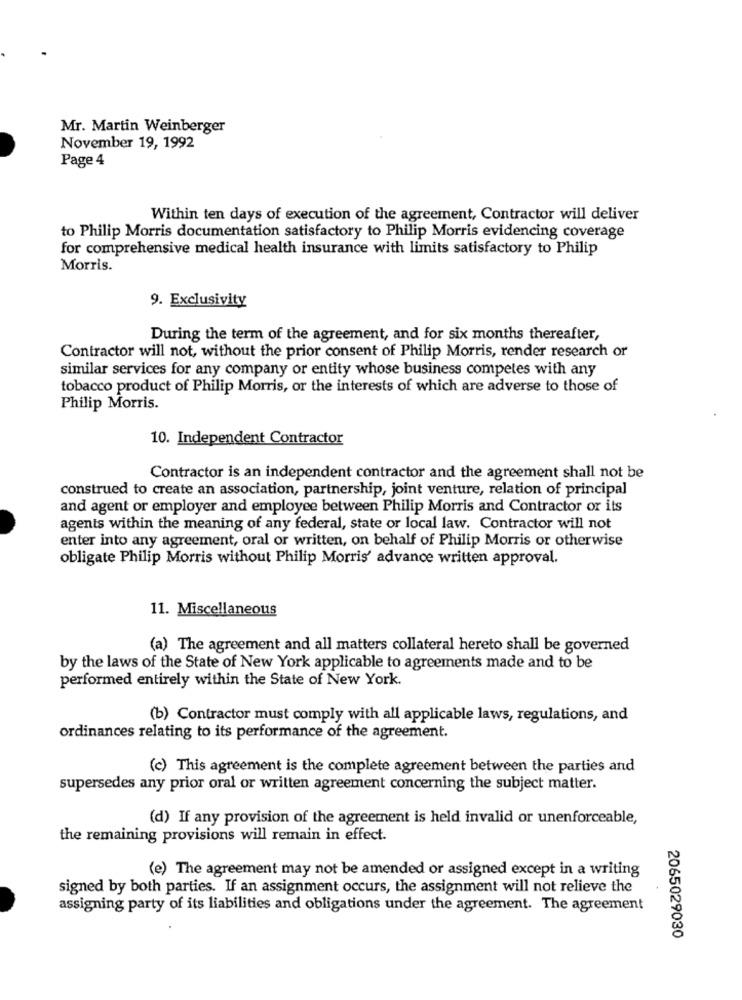
Mr. Martin Weinberger
November 19, 1992
Page 4
Within ten days of execution of the agreement, Contractor will deliver
to Philip Morris documentation satisfactory to Philip Morris evidencing coverage
for comprehensive medical health insurance with limits satisfactory to Philip
Morris.
9. Exclusivity
During the term of the agreement, and for six months thereafter,
Contractor will not, without the prior consent of Philip Morris, render research or
similar services for any company or entity whose business competes with any
tobacco product of Philip Morris, or the interests of which are adverse to those of
Philip Morris.
10. Independent Contractor
Contractor is an independent contractor and the agreement shall not be
construed to create an association, partnership, joint venture, relation of principal
and agent or employer and employee between Philip Morris and Contractor or its
agents within the meaning of any federal, state or local law. Contractor will not
enter into any agreement, oral or written, on behalf of Philip Morris or otherwise
obligate Philip Morris without Philip Morris' advance written approval.
11. Miscellaneous
(a) The agreement and all matters collateral hereto shall be governed
by the laws of the State of New York applicable to agreements made and to be
performed entirely within the State of New York.
(b) Contractor must comply with all applicable laws, regulations, and
ordinances relating to its performance of the agreement.
(c) This agreement is the complete agreement between the parties and
supersedes any prior oral or written agreement concerning the subject matter.
(d) If any provision of the agreement is held invalid or unenforceable,
the remaining provisions will remain in effect.
(e) The agreement may not be amended or assigned except in a writing
signed by both parties. If an assignment occurs, the assignment will not relieve the
assigning party of its liabilities and obligations under the agreement. The agreement
2065029030